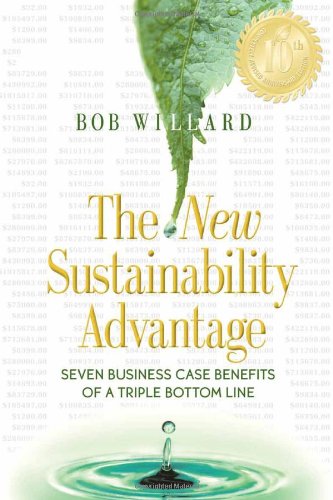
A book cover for The New Sustainability Advantage: Seven Business Case Benefits of a Triple Bottom Line; Bob Willard; Business & Money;